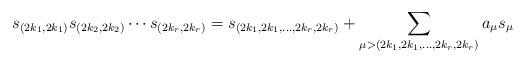
LaTeX: \begin{align*}s_{(2k_1,2k_1)}s_{(2k_2,2k_2)}\cdots s_{(2k_r,2k_r)}=s_{(2k_1,2k_1,\ldots,2k_r,2k_r)}+\sum_{\mu>(2k_1,2k_1,\ldots,2k_r,2k_r)}a_\mu s_\mu\end{align*}